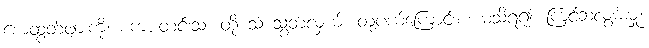
စောထွတ်ဖျားကို၊ စကားတင်းသံ၊ တို့ သံ သွတ်လှယ်၊ တုံ့ပယ်ကြောင်းစ၊ မသိရ၍၊ ကြင်ဆလွမ်းမှု၊